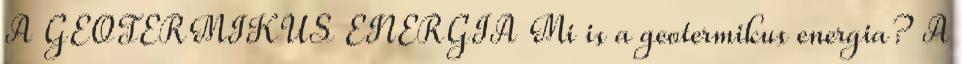
A GEOTERMIKUS ENERGIA Mi is a geotermikus energia? A